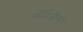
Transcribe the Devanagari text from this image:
नॉर्वेजीयन